Civil Veterinary Dept. Assam report 1927-50 - 1927-1950
Year: 1927
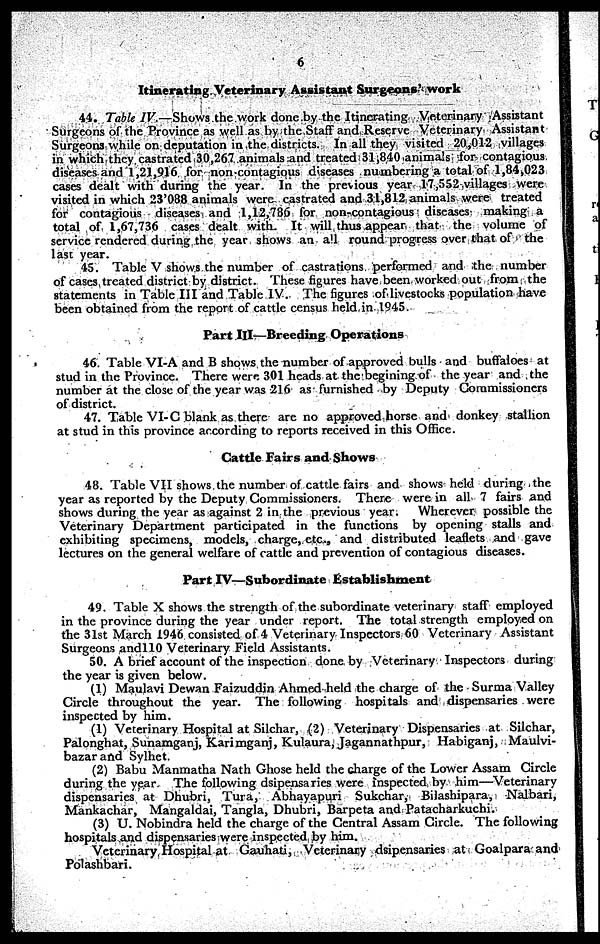
6
Itinerating Veterinary Assistant Surgeons' work
44. Table IV.—Shows the work done by the Itinerating Veterinary Assistant
Surgeons of the Province as well as by the Staff and Reserve Veterinary Assistant
Surgeons while on deputation in the districts. In all they visited 20,012 villages
in which they castrated 30,267 animals and treated 31,840 animals for contagious
diseases and 1,21,916 for noncontagious diseases numbering a total of 1,84,023
cases dealt with during the year. In the previous year 17,552 villages were
visited in which 23'088 animals were castrated and 31,812 animals were treated
for contagious diseases and 1,12,786 for non-contagious diseases making a
total of 1,67,736 cases dealt with. It will thus appear that the volume of
service rendered during the year shows an all round progress over that of the
last year.
45. Table V shows the number of castrations performed and the number
of cases treated district by district. These figures have been worked out from the
statements in Table III and Table IV. The figures of livestocks population have
been obtained from the report of cattle census held in 1945.
Part III—Breeding Operations
46. Table VI-A and B shows the number of approved bulls and buffaloes at
stud in the Province. There were 301 heads at the begining of the year and the
number at the close of the year was 216 as furnished by Deputy Commissioners
of district.
47. Table VI-C blank as there are no approved horse and donkey stallion
at stud in this province according to reports received in this Office.
Cattle Fairs and Shows
48. Table VII shows the number of cattle fairs and shows held during the
year as reported by the Deputy Commissioners. There were in all 7 fairs and
shows during the year as against 2 in the previous year.
Wherever possible the
Veterinary Department participated in the functions by opening stalls and
exhibiting specimens, models, charge, etc., and distributed leaflets and gave
lectures on the general welfare of cattle and prevention of contagious diseases.
Part IV—Subordinate Establishment
49. Table X shows the strength of the subordinate veterinary staff employed
in the province during the year under report. The total strength employed on
the 31st March 1946 consisted of 4 Veterinary Inspectors 60 Veterinary Assistant
Surgeons and110 Veterinary Field Assistants.
50. A brief account of the inspection done by Veterinary Inspectors during
the year is given below.
(1) Maulavi Dewan Faizuddin Ahmed held the charge of the Surma Valley
Circle throughout the year. The following hospitals and dispensaries were
inspected by him.
(1) Veterinary Hospital at Silchar, (2) Veterinary Dispensaries at Silchar,
Palonghat, Sunamganj, Karimganj, Kulaura, Jagannathpur, Habiganj, Maulvi-
bazar and Sylhet.
(2) Babu Manmatha Nath Ghose held the charge of the Lower Assam Circle
during the year The following dsipensaries were inspected by him—Veterinary
dispensaries at Dhubri, Tura, Abhayapuri Sukchar, Bilashipara, Nalbari,
Mankachar, Mangaldai, Tangla, Dhubri, Barpeta and Patacharkuchi.
(3) U. Nobindra held the charge of the Central Assam Circle. The following
hospitals and dispensaries were inspected by him.
Veterinary Hospital at Gauhati, Veterinary dsipensaries at Goalpara and
Polashbari.